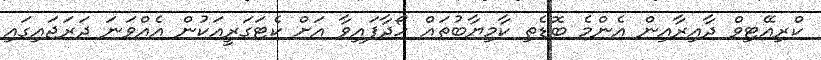
ކްރިއޭޓިވް ދާއިރާއިން އެންމެ ބޮޑެތި ކާމިޔާބުތައް ހޯދާފައިވާ އަށް ކެޓަގަރީއަކުން އެއްވަނަ ދަރަޖައިގައި